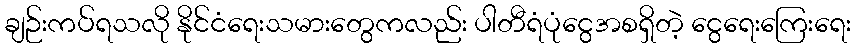
ချဉ်းကပ်ရသလို နိုင်ငံရေးသမားတွေကလည်း ပါတီရံပုံငွေအစရှိတဲ့ ငွေရေးကြေးရေး